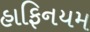
હાફિનયમ